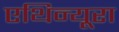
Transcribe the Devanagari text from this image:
एथिन्यूरा